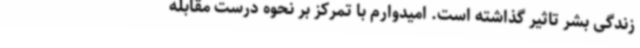
زندگی بشر تاثیر گذاشته است. امیدوارم با تمرکز بر نحوه درست مقابله